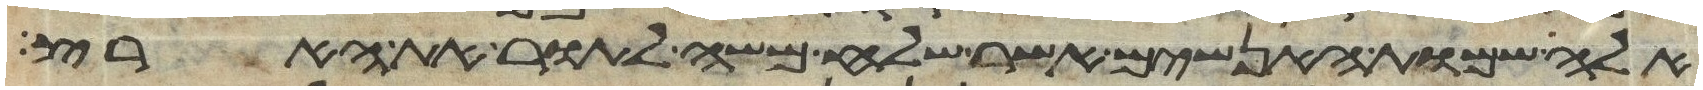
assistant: אלה שמות האנשים אשר שלח משה לתור את הארץ